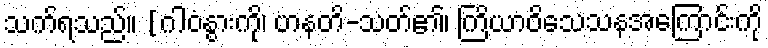
သက်ရသည်။ [ဂါဝံနွားကို၊ ဟနတိ-သတ်၏၊ ကြိယာဝိသေသနအကြောင်းကို